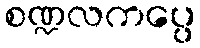
စဏ္ဍလကပ္ပေ